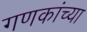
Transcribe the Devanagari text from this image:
गणकांच्या